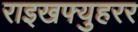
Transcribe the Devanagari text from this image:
राइखफ्युहरर